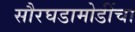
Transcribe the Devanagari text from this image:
सौरघडामोडींचा